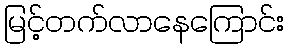
မြင့်တက်လာနေကြောင်း